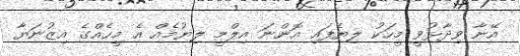
އޭނާ ވިދާޅުވީ މީހަކު ލިޔެފައި އޮންނަ އިލްމީ ލިޔުމެއް އެ މީހެއްގެ އިޒުނަޔާ